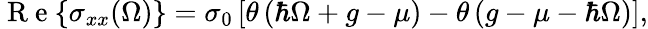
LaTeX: \mathrm{~R~e~}{\left\{ \sigma_{xx}(\Omega)\right\} }=\sigma_{0}\left[\theta\left(\hbar\Omega+g-\mu\right)-\theta\left(g-\mu-\hbar\Omega\right)\right],